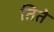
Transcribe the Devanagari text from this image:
तिते